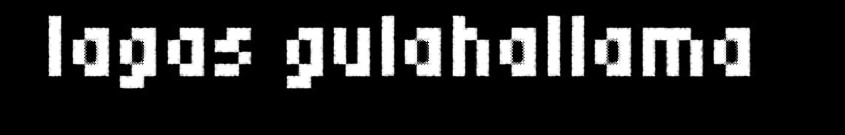
lagas gulahallama